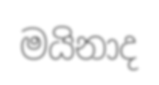
මයිනාද